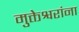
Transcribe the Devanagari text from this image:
मुक्तेश्वरांना